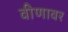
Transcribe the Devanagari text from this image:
वीणावर